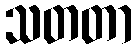
သတတာ